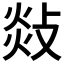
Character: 敥